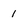
Character: 1